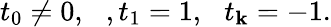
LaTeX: t_{0}\neq0,\, \, \, \, ,t_{1}=1,\, \, \, \, t_{\mathbf{k}}=-1.